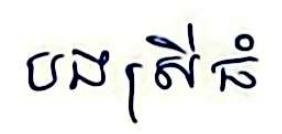
បងស្រីធំ